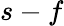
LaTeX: s-f